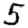
Digit: 5